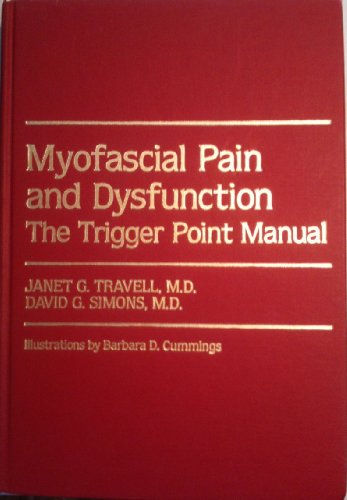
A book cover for Myofascial Pain and Dysfunction, Vol. 1: The Trigger Point Manual, The Upper Extremities; Janet Travell; Medical Books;